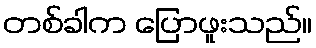
တစ်ခါက ပြောဖူးသည်။